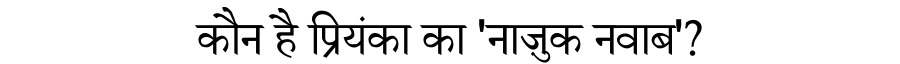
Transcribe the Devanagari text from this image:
कौन है प्रियंका का 'नाज़ुक नवाब'?